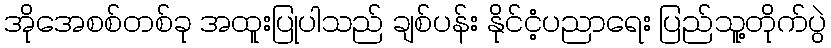
အိုအေစစ်တစ်ခု အထူးပြုပါသည် ချစ်ပန်း နိုင်ငံ့ပညာရေး ပြည်သူ့တိုက်ပွဲ